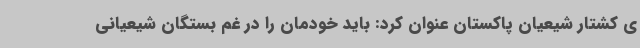
ی کشتار شیعیان پاکستان عنوان کرد: باید خودمان را در غم بستگان شیعیانی